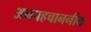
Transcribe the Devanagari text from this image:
अनपहचाननीय